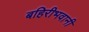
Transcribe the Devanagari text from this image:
बहिरीभवानी